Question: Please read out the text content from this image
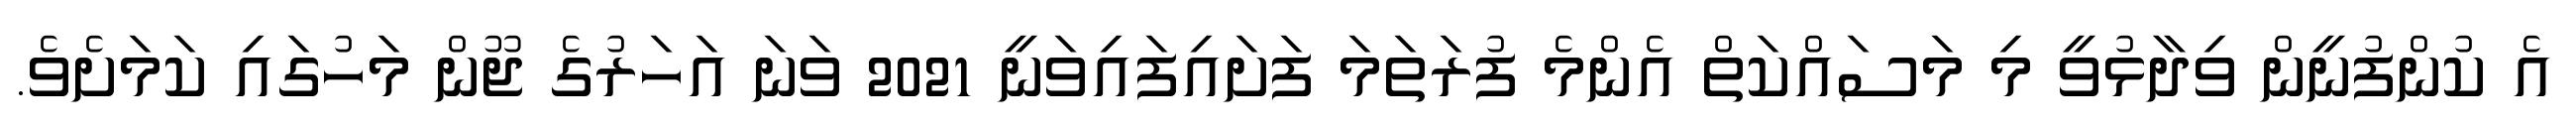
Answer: އެ ކުންފުނީން ވިދާޅުވީ މި މަސައްކަތް އެންމެ ފުރަތަމަ ފަށައިފައިވަނީ 2021 ވަނަ އަހަރުގެ ޖޫން މަހުގައި ކަމަށެވެ.